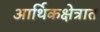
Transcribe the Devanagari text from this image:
आर्थिकक्षेत्रात